Leningradi_Edasi_toimetus, lk 9
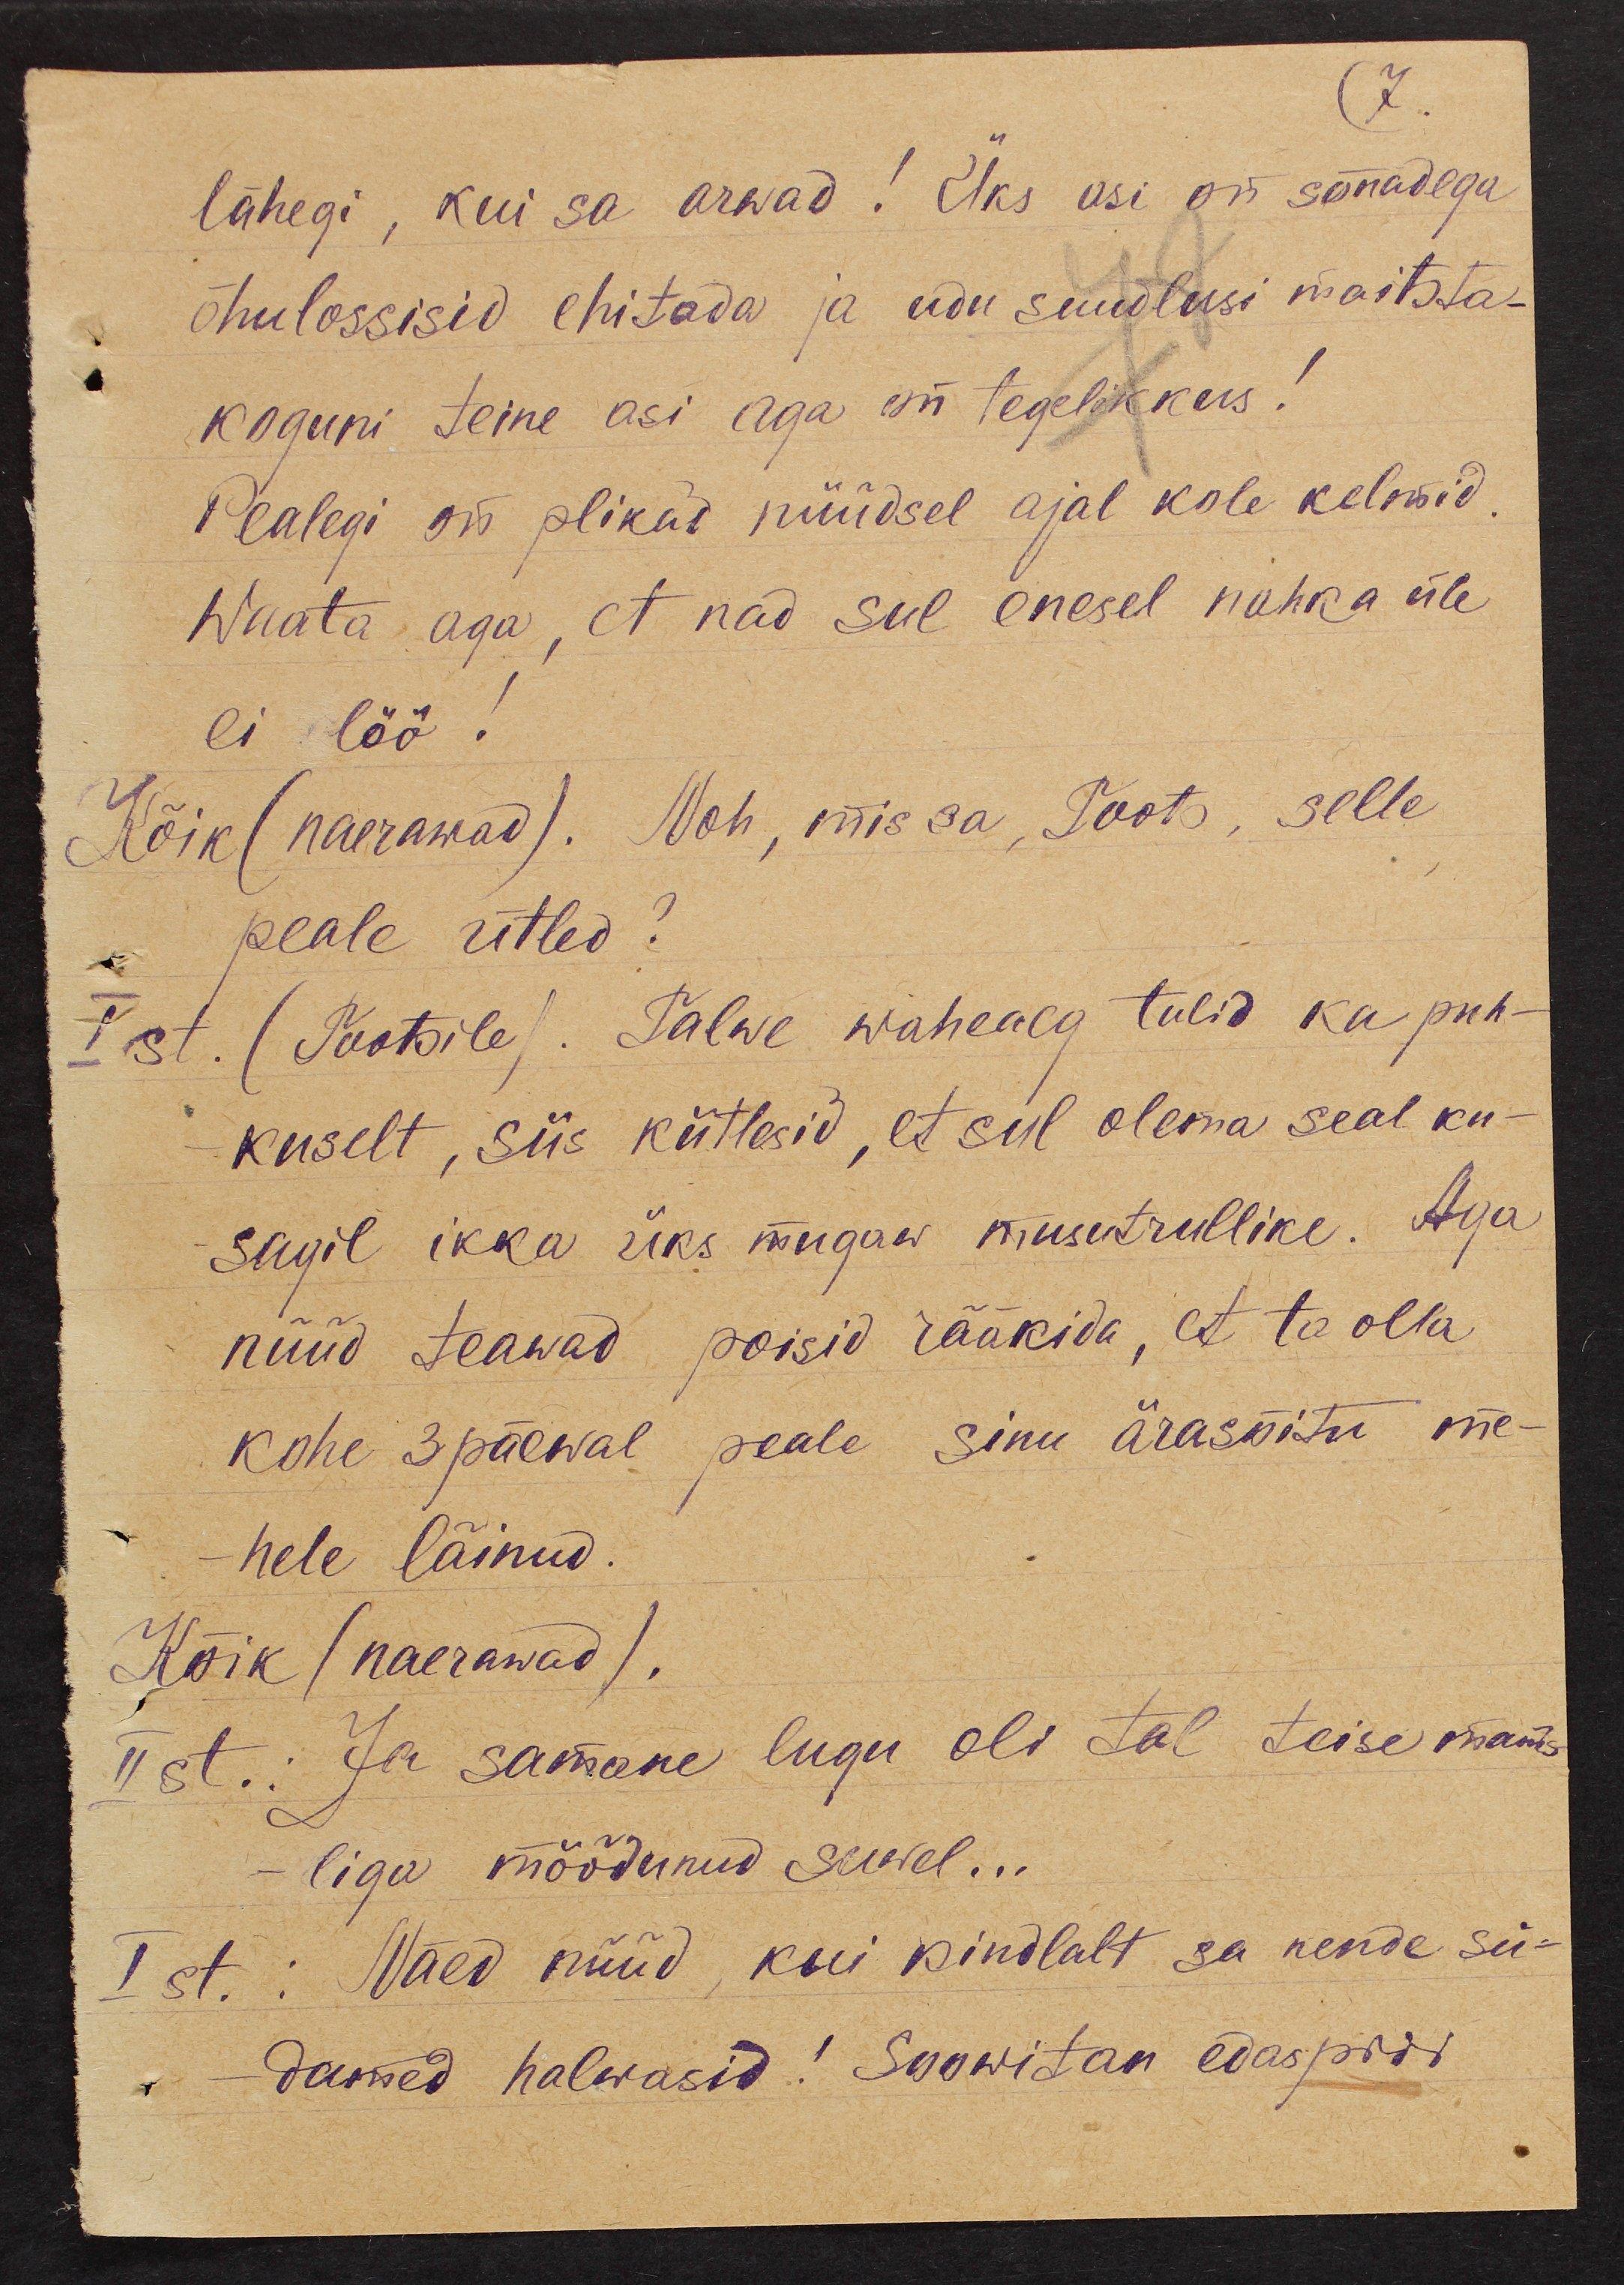
7.
lähegi, kui sa arwad! Üks asi on sõnadega
õhulossisid ehitada ja udu suudlusi maitsta -
koguni teine asi aga on tegelikkus!
Pealegi on plikad nüüdsel ajal kole kelmid.
Waata aga, et nad sul enesel nahka üle
ei löö!
Kõik (naerawad). Noh, mis sa, Toots, selle
peale ütled?
I st.
(Tootsile). Talwe waheaeg tulid ka puh-
kuselt, siis kiitlesid, et sul olema seal ku-
sagil ikka üks mugaw musutrullike. Aga
nüüd teawad poisid rääkida, et ta olla
kohe 3 päewal peale sinu ärasõitu me-
hele läinud.
Kõik (naerawad).
II st.: Ja samane lugu oli tal teise mams-
liga möödunud suwel...
I st.: Näed nüüd, kui kindlalt sa nende sü-
damed halwasid! Soowitan edaspidi